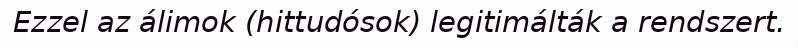
Ezzel az álimok (hittudósok) legitimálták a rendszert.